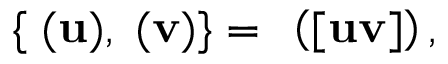
{ } \{ { \bf \Pi } ( { \bf u } ) , { \bf \Pi } ( { \bf v } ) \} = { \bf \Pi } \left( [ { \bf u } { \bf v } ] \right) ,